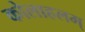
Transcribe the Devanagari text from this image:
कोलाहलम्